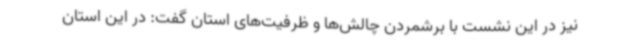
نیز در این نشست با برشمردن چالش‌ها و ظرفیت‌های استان گفت: در این استان